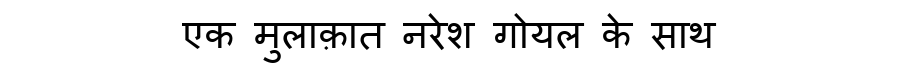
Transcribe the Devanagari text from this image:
एक मुलाक़ात नरेश गोयल के साथ